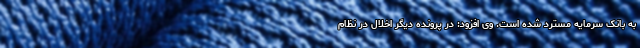
به بانک سرمایه مسترد شده است. وی افزود: در پرونده دیگر اخلال در نظام